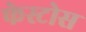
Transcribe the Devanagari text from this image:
फेस्टोस